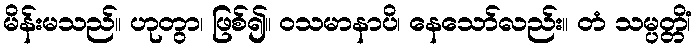
မိန်းမသည်။ ဟုတွာ၊ ဖြစ်၍။ ဝသမာနာပိ၊ နေသော်လည်း။ တံ သမ္ပတ္တိံ၊